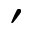
'